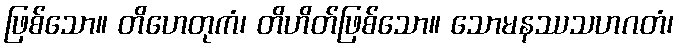
ဖြစ်သော။ တိဟေတုကံ၊ တိဟိတ်ဖြစ်သော။ သောမနဿသဟဂတံ၊